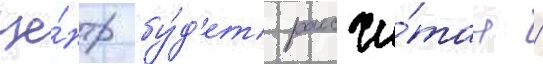
це́нтр бу́д'ет рассчи́тан /